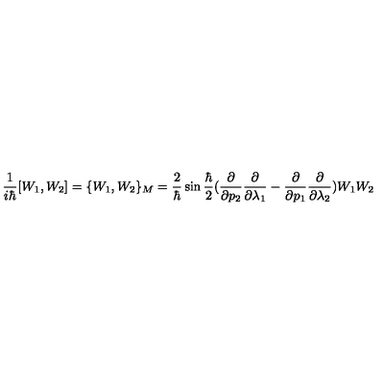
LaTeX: \frac { 1 } { i \hbar } [ W _ { 1 } , W _ { 2 } ] = \{ W _ { 1 } , W _ { 2 } \} _ { M } = \frac { 2 } { \hbar } \sin \frac { \hbar } { 2 } ( \frac { \partial } { \partial p _ { 2 } } \frac { \partial } { \partial \lambda _ { 1 } } - \frac { \partial } { \partial p _ { 1 } } \frac { \partial } { \partial \lambda _ { 2 } } ) W _ { 1 } W _ { 2 }